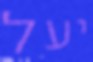
יעל